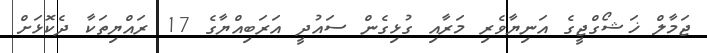
ޖަމާލް ޚަޝޯގްޖީގެ އަނިޔާވެރި މަރާއި ގުޅިގެން ސައުދީ އަރަބިއްޔާގެ 17 ރައްޔިތަކާ ދެކޮޅަށް